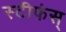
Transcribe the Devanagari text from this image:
स्टीफंस्